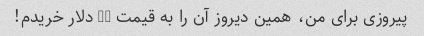
پیروزی برای من، همین دیروز آن را به قیمت 30 دلار خریدم!